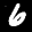
Label: 6